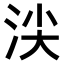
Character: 𣴒